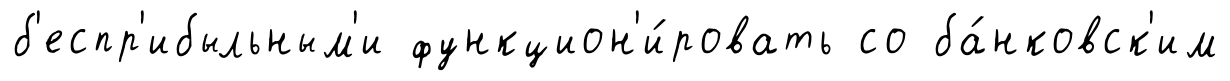
б'еспр'ибыльным'и функцион'и́ровать со ба́нковск'им